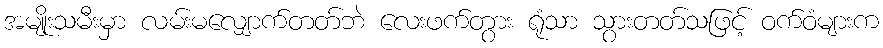
အမျိုးသမီးမှာ လမ်းမလျှောက်တတ်ဘဲ လေးဖက်တွား ရုံသာ သွားတတ်သဖြင့် ဝက်ဝံများက